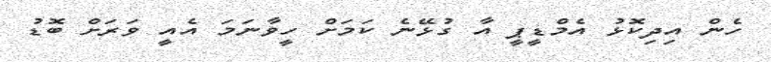
ހެން އިދިކޮޅު އެމްޑީޕީ އާ ގުޅޭނެ ކަމަށް ހީވާނަމަ އެއީ ވަރަށް ބޮޑު